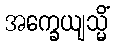
အက္ခေယျသ္မိံ